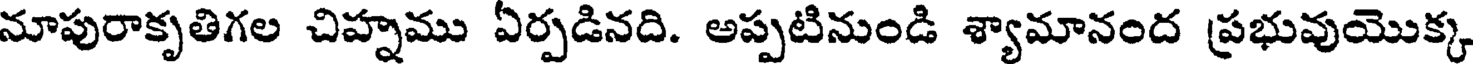
నూపురాకృతిగల చిహ్నము ఏర్పడినది. అప్పటినుండి శ్యామానంద ప్రభువుయొక్క